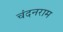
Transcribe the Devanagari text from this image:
चंदनराम